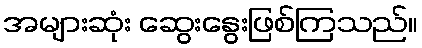
အများဆုံး ဆွေးနွေးဖြစ်ကြသည်။